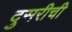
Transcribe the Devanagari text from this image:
दुसरीची